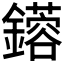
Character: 𨮥